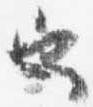
也